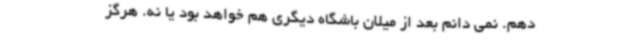
دهم. نمی دانم بعد از میلان باشگاه دیگری هم خواهد بود یا نه. هرگز